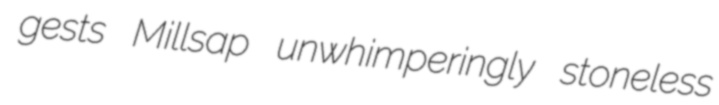
gests Millsap unwhimperingly stoneless